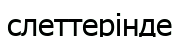
слеттерінде